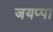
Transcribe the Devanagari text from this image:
जयप्पा